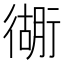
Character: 衚